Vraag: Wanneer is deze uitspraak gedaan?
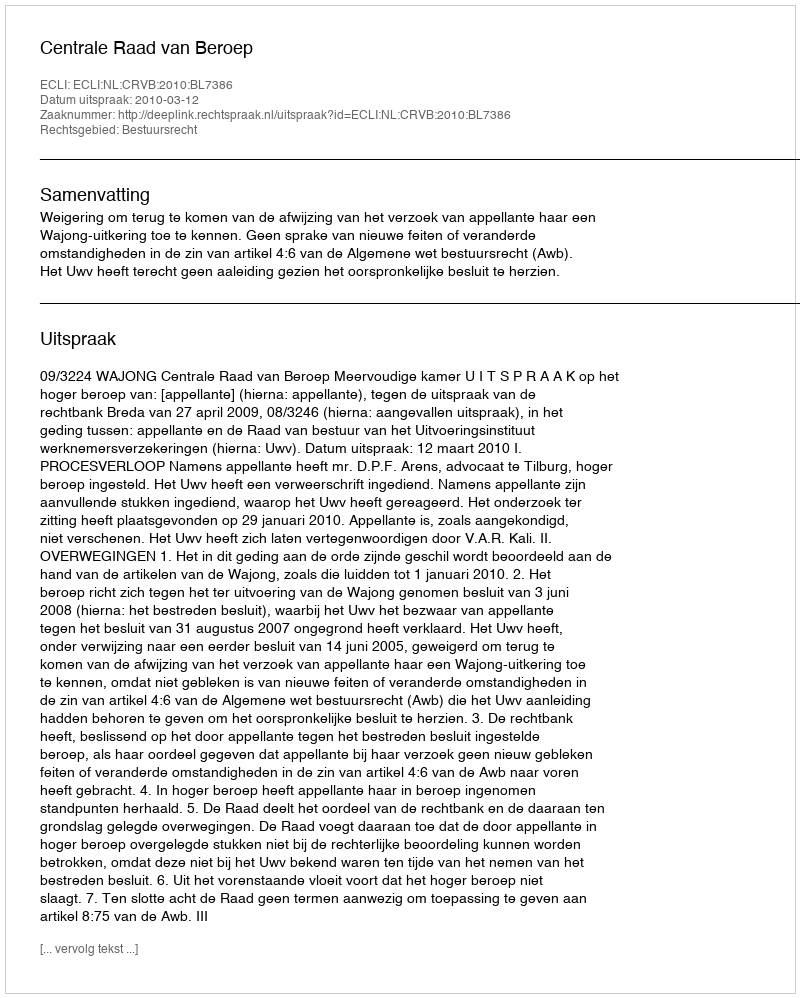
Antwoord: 2010-03-12